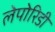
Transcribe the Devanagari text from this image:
लेपोरिडी